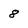
Character: 8